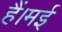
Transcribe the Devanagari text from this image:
हैं।मई